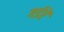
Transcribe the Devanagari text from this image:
गर्डरें